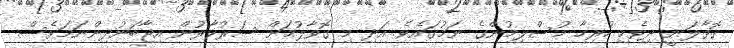
ގޮވާލަނީ ދިވެހި ހުރިހާ މުސްލިމުންގެ ނަމުގައެވެ. އަދި މި ގޮވާލުމަށް ސަރުކާރުން އިޖާބަނުދިންނަމަވެސް